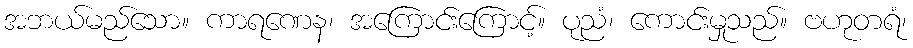
အဘယ်မည်သော။ ကာရဏေန၊ အကြောင်းကြောင့်။ ပုညံ၊ ကောင်းမှုသည်။ ဗဟုတရံ၊